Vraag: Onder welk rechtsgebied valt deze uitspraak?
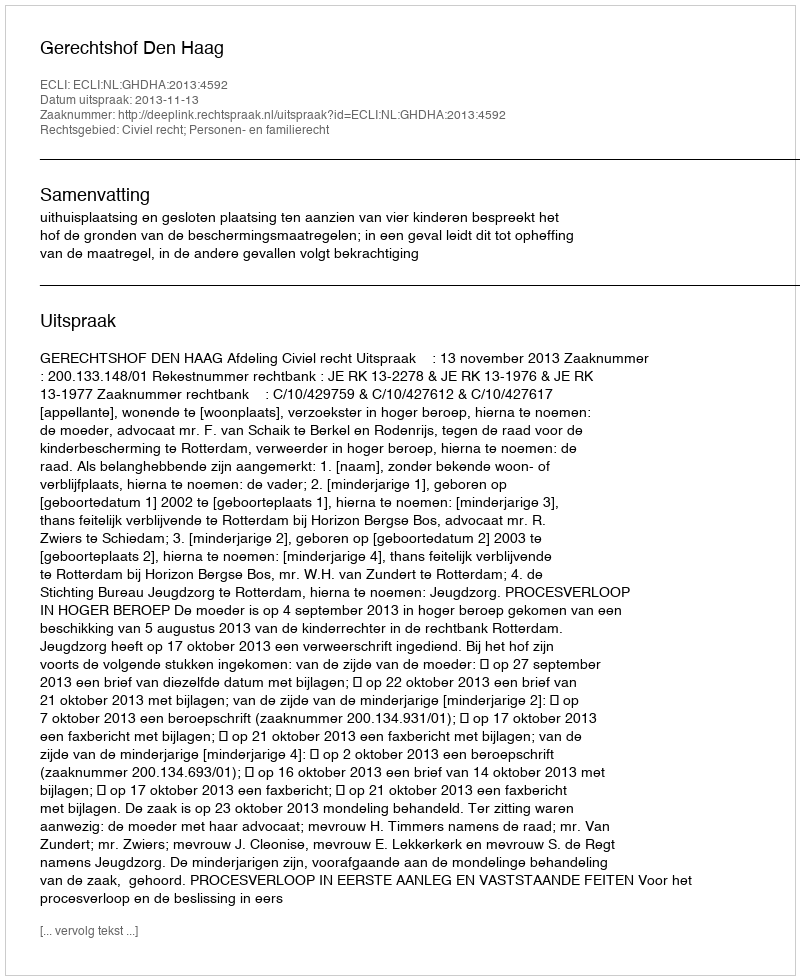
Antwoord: Civiel recht; Personen- en familierecht